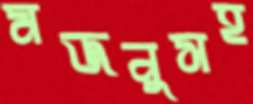
মজনুসহ